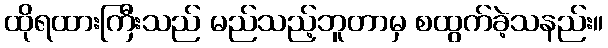
ထိုရထားကြီးသည် မည်သည့်ဘူတာမှ စထွက်ခဲ့သနည်း။